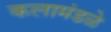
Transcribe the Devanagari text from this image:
कलामंडळे